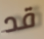
قد